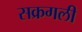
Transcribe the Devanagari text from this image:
सक्रगली